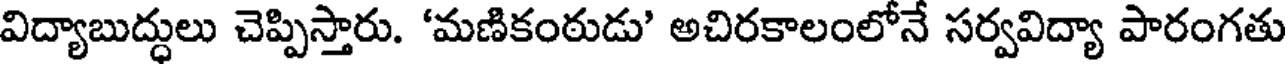
విద్యాబుద్ధులు చెప్పిస్తారు. 'మణికంఠుడు' అచిరకాలంలోనే సర్వవిద్యా పారంగతు